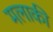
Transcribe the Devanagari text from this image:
मलाकी